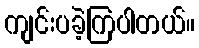
ကျင်းပခဲ့ကြပါတယ်။